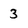
Character: 3